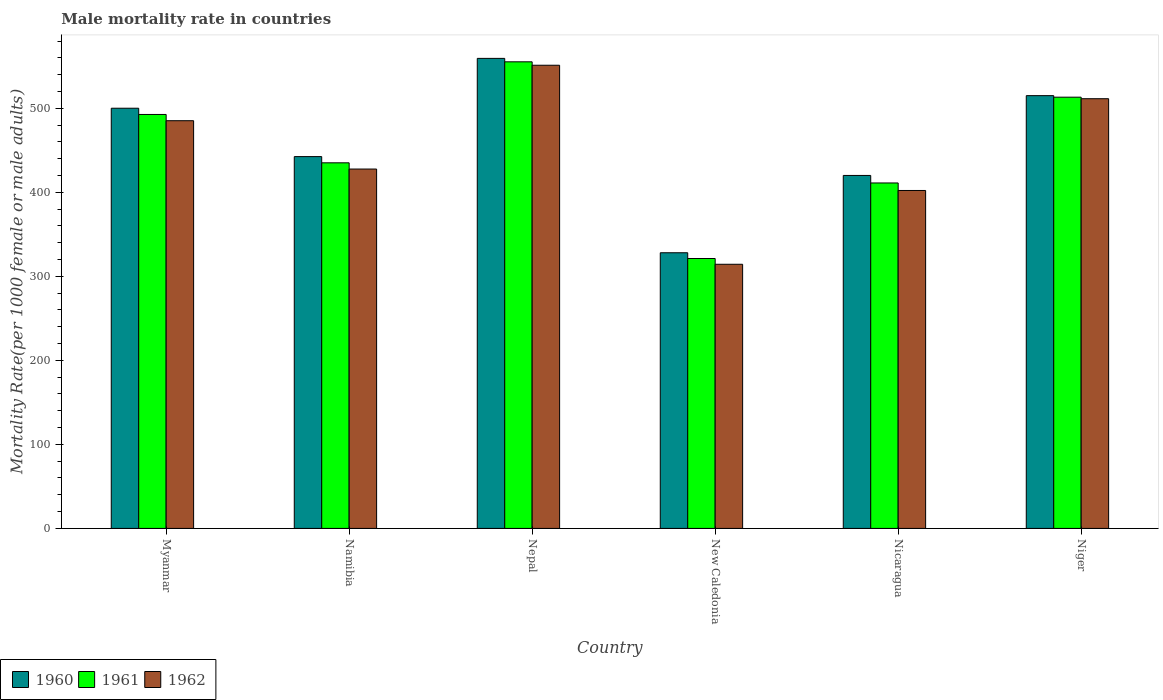
| Country | 1960 | 1961 | 1962 |
 | --- | --- | --- | --- |
 | Myanmar | 500 | 493 | 485 |
 | Namibia | 442 | 435 | 428 |
 | Nepal | 559 | 555 | 551 |
 | New Caledonia | 328 | 321 | 314 |
 | Nicaragua | 420 | 411 | 402 |
 | Niger | 515 | 513 | 511 |